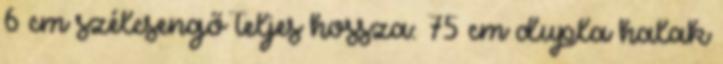
6 cm szélcsengő teljes hossza: 75 cm dupla halak